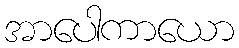
အာပေါကာယော